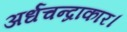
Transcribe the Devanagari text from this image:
अर्धचन्द्राकार।